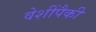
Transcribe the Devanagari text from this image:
वेशींपैकी